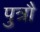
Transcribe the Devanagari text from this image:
पुत्रौ